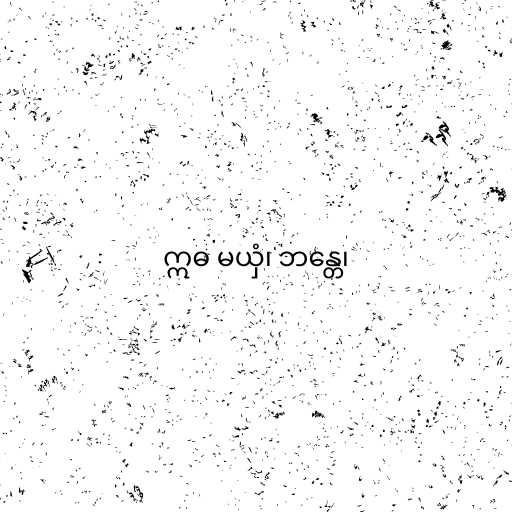
ဣဓ မယှံ၊ ဘန္တေ၊